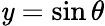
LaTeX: \mathit{y}=\sin\theta